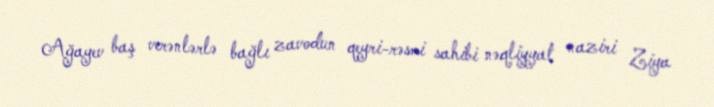
Ağayev baş verənlərlə bağlı zavodun qeyri-rəsmi sahibi nəqliyyat naziri Ziya